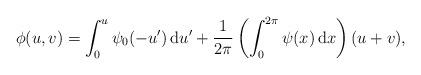
LaTeX: \begin{align*} \phi(u, v) = \int_0^u \psi_0(-u') \,\mathrm{d}u' + \frac{1}{2\pi} \left( \int_0^{2\pi} \psi(x) \,\mathrm{d}x \right)(u + v), \end{align*}